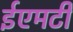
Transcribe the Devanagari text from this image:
ईएमटी